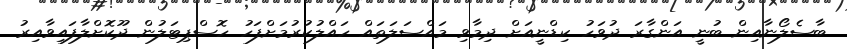
ބާސެލޯނާއިން ބުނީ އަންގާރަ ދުވަހު ކިޑްނީއަށް ދިމާވި މައްސަލަތައް ހައްލުކުރުމަށްފަހު ހޮސްޕިޓަލުން ދޫކޮށްލާފައިވާއިރު